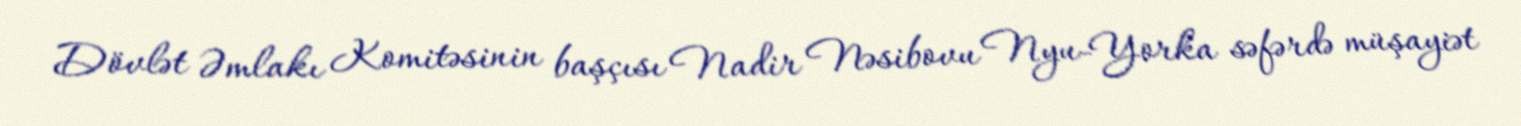
Dövlət Əmlakı Komitəsinin başçısı Nadir Nəsibovu Nyu-Yorka səfərdə müşayiət